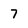
Character: 7